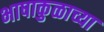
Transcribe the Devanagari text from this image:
भाषाकुळाच्या